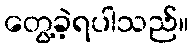
တွေ့ခဲ့ရပါသည်။